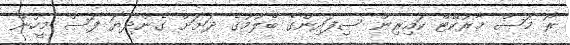
ރޯ މަސް މާރުކޭޓް ކައިރިން ސިފައިންގެ ބެލުމުގެ ދަށަށް ގެންދިޔަ ފަސް މީހުން